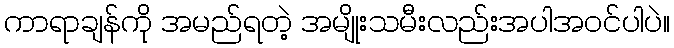
ကာရာချန်ကို အမည်ရတဲ့ အမျိုးသမီးလည်းအပါအဝင်ပါပဲ။